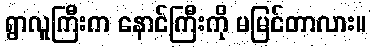
ရွာလူကြီးက နောင်ကြီးကို မမြင်တာလား။